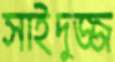
সাইদুজ্জ